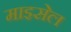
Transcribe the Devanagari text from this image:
माइसेल